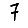
Digit: 7